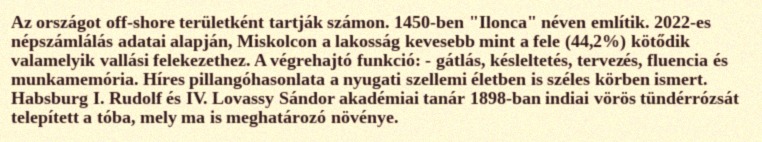
Az országot off-shore területként tartják számon. 1450-ben "Ilonca" néven említik. 2022-es népszámlálás adatai alapján, Miskolcon a lakosság kevesebb mint a fele (44,2%) kötődik valamelyik vallási felekezethez. A végrehajtó funkció: - gátlás, késleltetés, tervezés, fluencia és munkamemória. Híres pillangóhasonlata a nyugati szellemi életben is széles körben ismert. Habsburg I. Rudolf és IV. Lovassy Sándor akadémiai tanár 1898-ban indiai vörös tündérrózsát telepített a tóba, mely ma is meghatározó növénye.